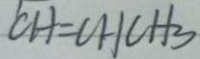
C H = C H C H _ { 3 }